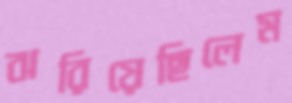
ঝরিয়েছিলেম